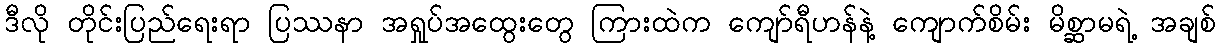
ဒီလို တိုင်းပြည်ရေးရာ ပြဿနာ အရှုပ်အထွေးတွေ ကြားထဲက ကျော်ရီဟန်နဲ့ ကျောက်စိမ်း မိစ္ဆာမရဲ့ အချစ်